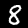
Label: 8